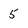
Character: 5